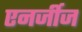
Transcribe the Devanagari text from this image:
एनर्जीज